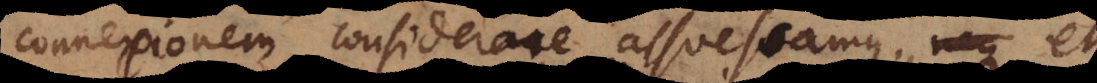
connexionem considerare assuescamus; neque et